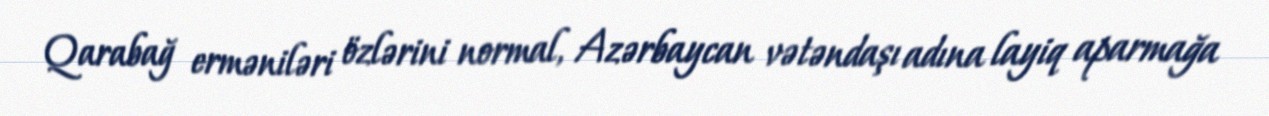
Qarabağ erməniləri özlərini normal, Azərbaycan vətəndaşı adına layiq aparmağa